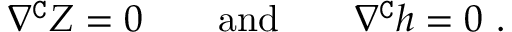
\nabla ^ { \mathtt { C } } Z = 0 \qquad \mathrm { a n d } \qquad \nabla ^ { \mathtt { C } } h = 0 \ .